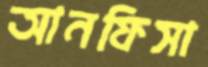
আনফিসা